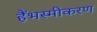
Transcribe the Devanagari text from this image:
हैंभस्मीकरण